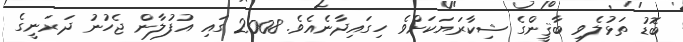
ބޮޑު ތަޅުލެވި ބާޤީންގެ ޝިކާރަޔަކަށްވެ ހިގައިދާނެއެވެ. 2008 ގައި އުފުލާން ޖެހުނު ދަރަނީގެ